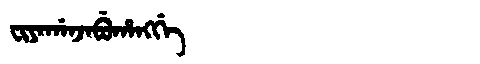
Manchu: ᠸᡳᠶᠠᡤᠠᠨᠵᠠᠪᡠᡥᠠᠩᡤᡝ
Romanization: FIYAGANJABUHANGGE